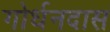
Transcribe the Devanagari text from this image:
गोर्धनदास